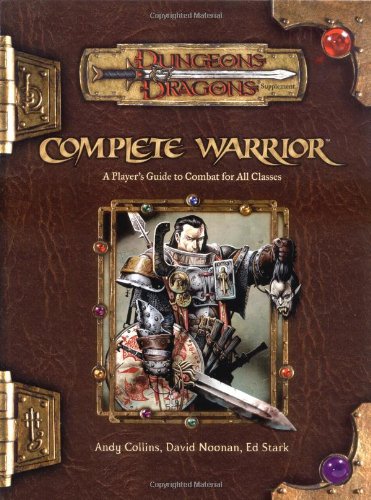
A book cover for Complete Warrior (Dungeons & Dragons d20 3.5 Fantasy Roleplaying); Andy Collins; Science Fiction & Fantasy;